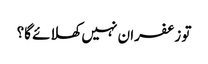
تو زعفران نہیں کھلائے گا؟